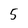
Character: 5